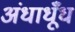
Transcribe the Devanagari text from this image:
अंधाधूँध